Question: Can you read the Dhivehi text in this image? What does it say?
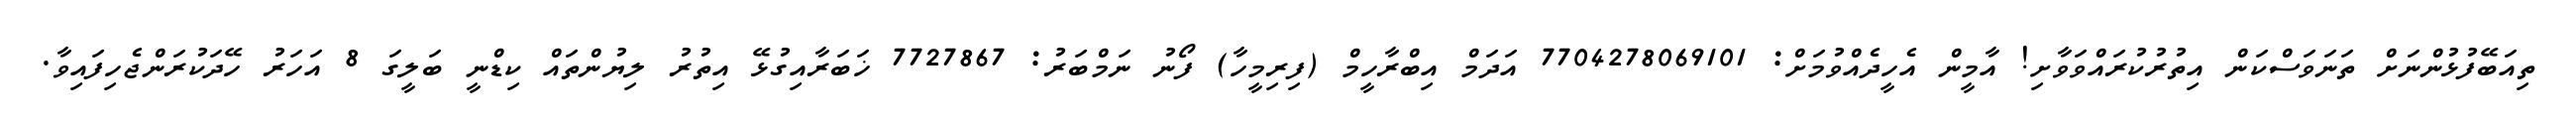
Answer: ތިއަބޭފުޅުންނަށް ތަނަވަސްކަން އިތުރުކުރައްވަވާށި! އާމީން އެހީދެއްވުމަށް: 7704278069101 އަދަމް އިބްރާހީމް (ފިރިމީހާ) ފޯނު ނަމްބަރު: 7727867 ޚަބަރާއިގުޅޭ އިތުރު ލިޔުންތައް ކިޑްނީ ބަލީގަ 8 އަހަރު ހޭދަކުރަންޖެހިފައިވާ.